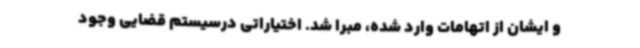
و ایشان از اتهامات وارد شده، مبرا شد. اختیاراتی درسیستم قضایی وجود